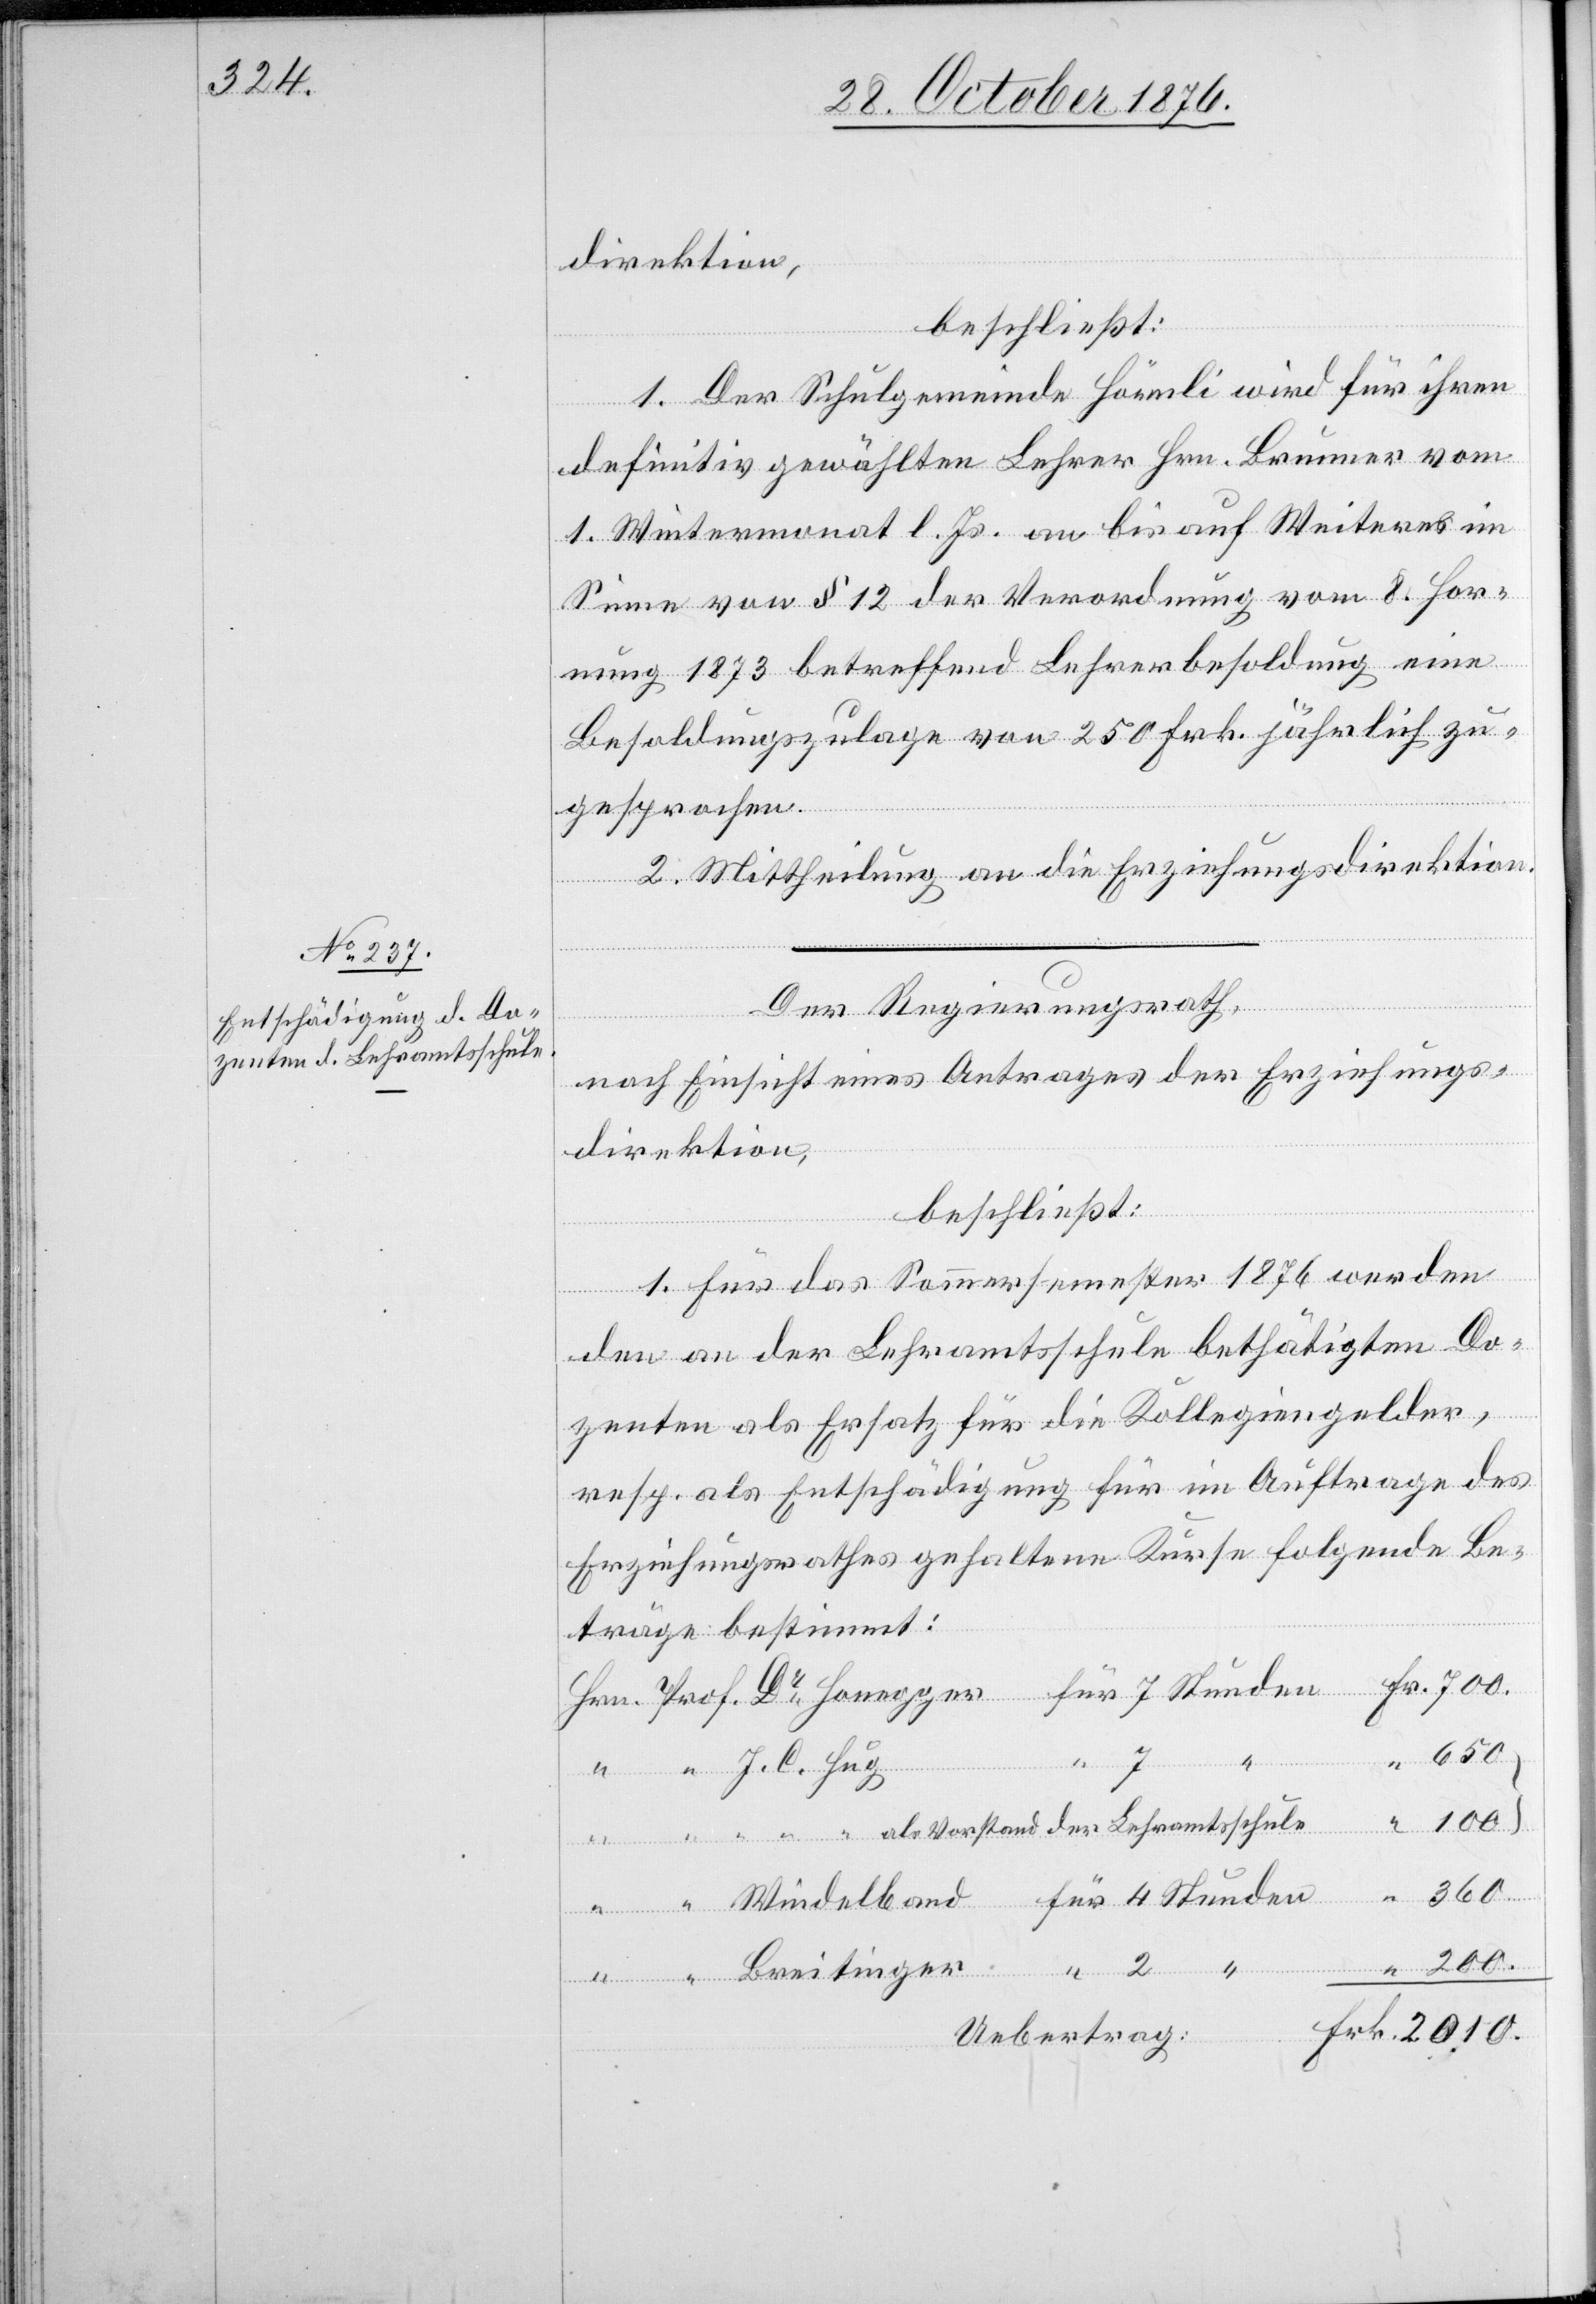
direktion,
beschließt:
1. Der Schulgemeinde Hörnli wird für ihren
definitiv gewählten Lehrer Hrn. Brunner vom
1. Wintermonat l. Js. an bis auf Weiteres im
Sinne von § 12 der Verordnung vom 8. Hor¬
nung 1873 betreffend Lehrerbesoldung eine
Besoldungszulage von 250 Frk. jährlich zu¬
gesprochen.
2. Mittheilung an die Erziehungsdirektion.
Der Regierungsrath,
nach Einsicht eines Antrages der Erziehungs¬
direktion,
beschließt:
1. Für das Sommersemester 1876 werden
den an der Lehramtsschule bethätigten Do¬
zenten als Ersatz für die Kollegiengelder,
resp. als Entschädigung für im Auftrage des
Erziehungsrathes gehaltene Kurse folgende Be¬
träge bestimmt:
4
Frk.
700.
“
“ “ “ als Vorstand der Lehramtsschule
200.
Uebertrag